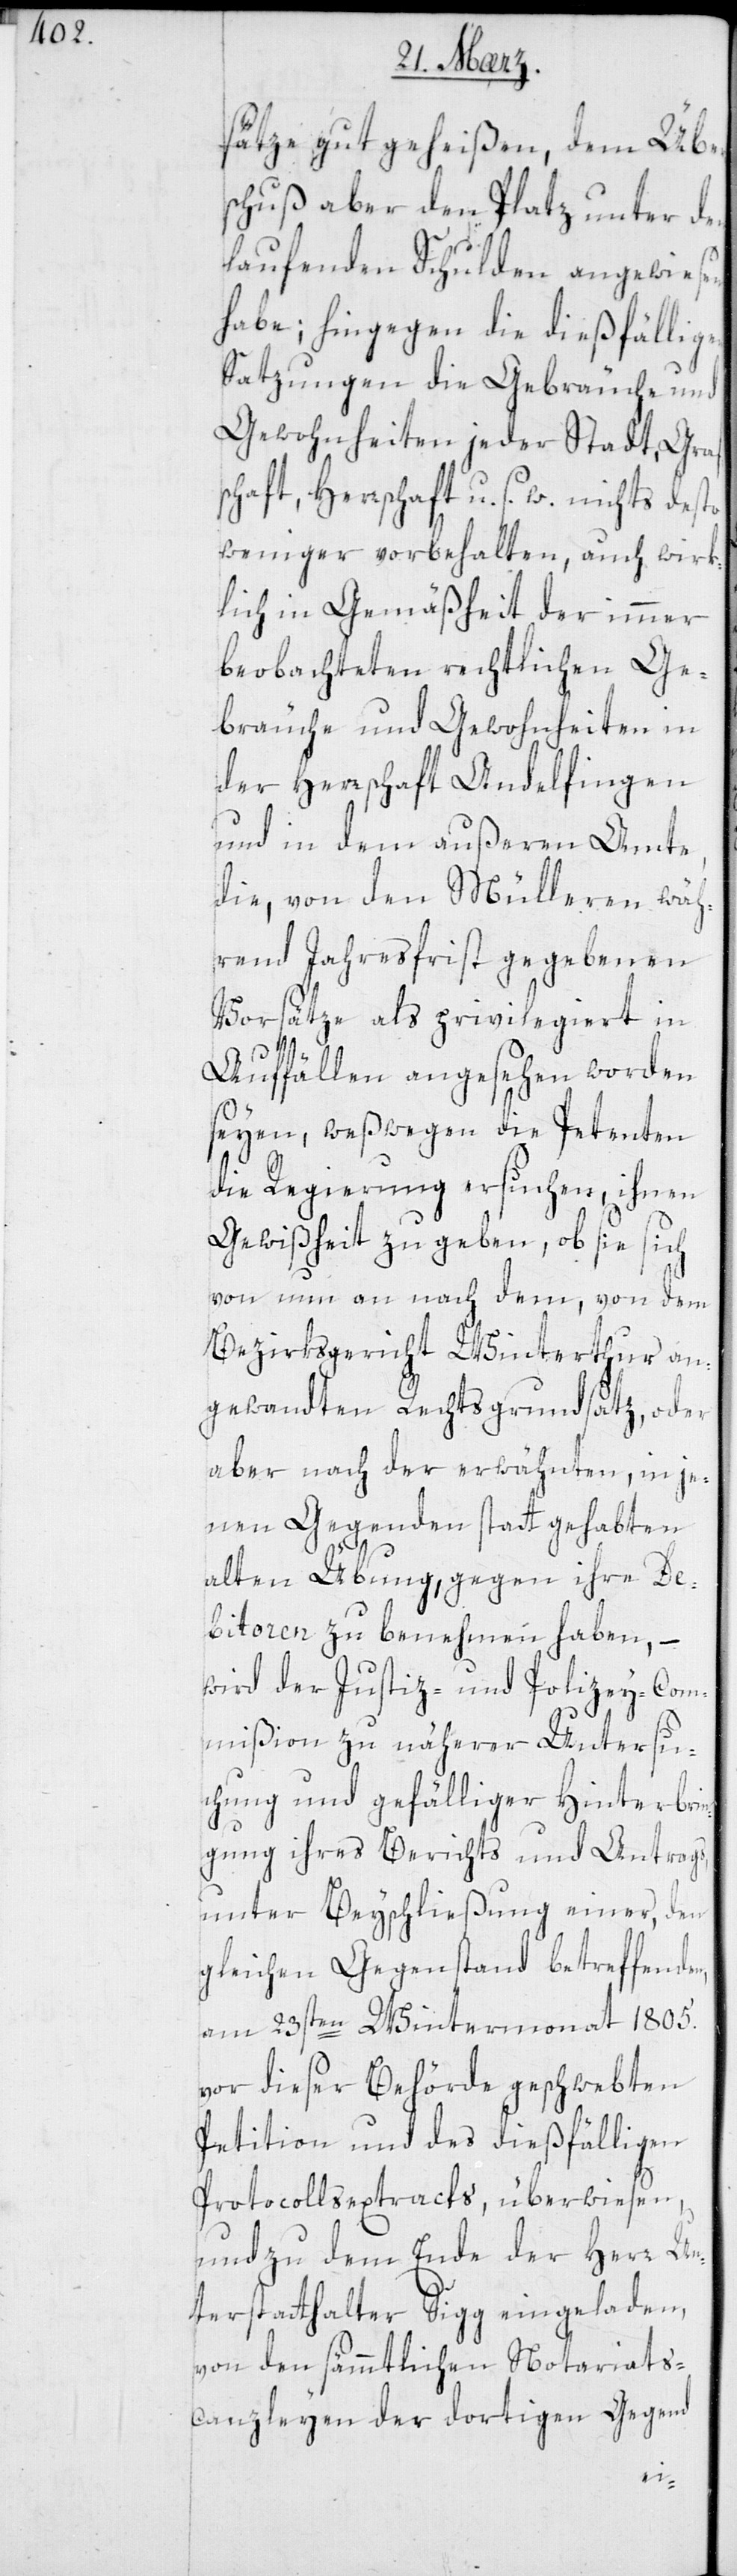
sätze gutgeheißen, dem Über¬
schuß aber den Platz unter den
laufenden Schulden angewiesen
habe; hingegen die dießfällig¬
Satzungen die Gebräuche und
Gewohnheiten jeder Stadt, Graf¬
schaft, Herrschaft u. s. w. nichts desto
weniger vorbehalten, auch wirk¬
lich in Gemäßheit der immer
beobachteten rechtlichen Ge¬
bräuche und Gewohnheiten in
der Herrschaft Andelfingen
und in dem außeren Amte,
die von den Mülleren wäh¬
rend Jahresfrist gegebenen
Vorsätze als privilegiert in
Auffällen angesehen worden
seyen, weßwegen die Petenten
die Regierung ersuchen, ihnen
Gewißheit zu geben, ob sie sich
von nun an nach dem, von dem
Bezirksgericht Winterthur an¬
gewandten Rechtsgrundsatz, oder
aber nach der erwähnten, in je¬
nen Gegenden stattgehabten
alten Übung, gegen ihre De¬
bitoren zu benehmen haben, –
wird der Justiz- und Polizey-Com¬
mißion zu näherer Untersu¬
chung und gefälliger Hinterbrin¬
gung ihres Berichts und Antrags,
unter Beyschließung einer, den
gleichen Gegenstand betreffenden,
am 23sten Wintermonat 1805.
vor dieser Behörde geschwebten
Petition und des dießfälligen
Protocollsextracts überwiesen,
und zu dem Ende der Herr Un¬
terstatthalter Sigg eingeladen,
von den sämmtlichen Notariats-c¬
anzleyen der dortigen Gegend
en